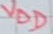
Text: VDD